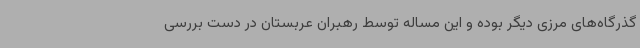
گذرگاه‌های مرزی دیگر بوده و این مساله توسط رهبران عربستان در دست بررسی